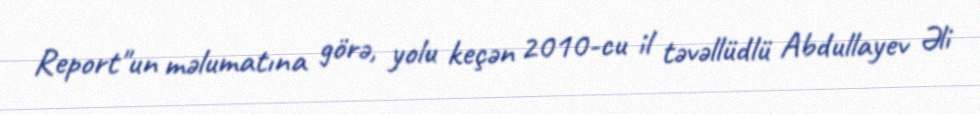
Report"un məlumatına görə, yolu keçən 2010-cu il təvəllüdlü Abdullayev Əli